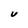
Character: U